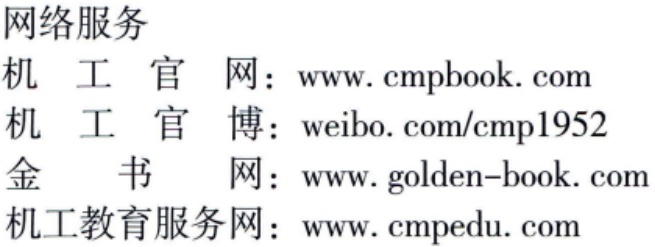
网络服务

机 工 官 网：www.cmpbook.com

机 工 官 博：weibo.com/cmp1952

金 书 网：www.golden-book.com

机工教育服务网：www.cmpedu.com